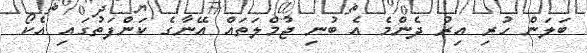
ބަލަން ހުރި އިރު ދެންމެ އެ ބުނި ޖުމްލަތައް އޭނާގެ ކަންފަތުގައި އެކޯ